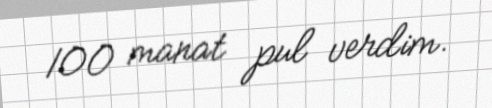
100 manat pul verdim.